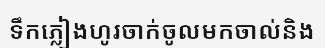
ទឹកភ្លៀងហូរចាក់ចូលមកចាល់និង